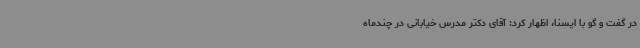
در گفت و گو با ایسنا، اظهار کرد: آقای دکتر مدرس خیابانی در چندماه